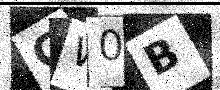
Text: GW0B